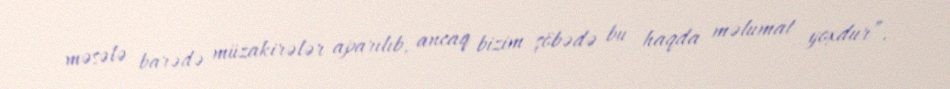
məsələ barədə müzakirələr aparılıb, ancaq bizim şöbədə bu haqda məlumat yoxdur”.